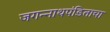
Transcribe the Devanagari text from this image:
जगन्‍नाथपंडिताचा